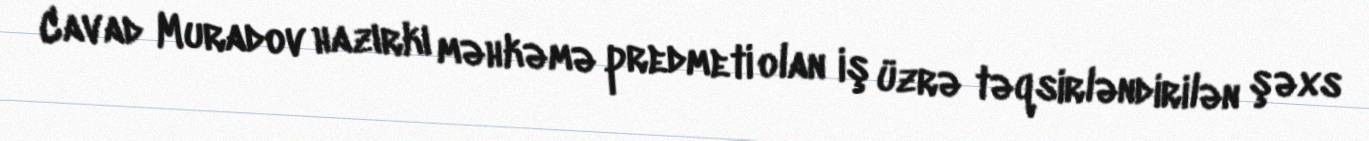
Cavad Muradov hazırkı məhkəmə predmeti olan iş üzrə təqsirləndirilən şəxs